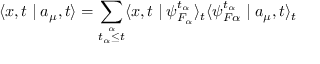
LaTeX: \langle x , t \mid a _ { \mu } , t \rangle = \sum _ { \stackrel { \alpha } { t _ { \alpha } \leq t } } \langle x , t \mid \psi _ { F _ { \alpha } } ^ { t _ { \alpha } } \rangle _ { t } \langle \psi _ { F \alpha } ^ { t _ { \alpha } } \mid a _ { \mu } , t \rangle _ { t }